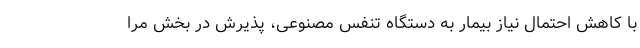
با کاهش احتمال نیاز بیمار به دستگاه تنفس مصنوعی، پذیرش در بخش مرا